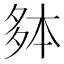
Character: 𫯐